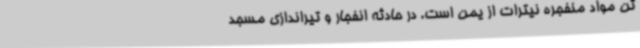
تن مواد منفجره نیترات از یمن است. در حادثه انفجار و تیراندازی مسجد